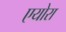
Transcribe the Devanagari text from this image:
एयोरा